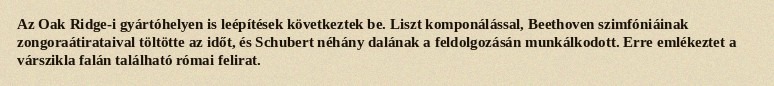
Az Oak Ridge-i gyártóhelyen is leépítések következtek be. Liszt komponálással, Beethoven szimfóniáinak zongoraátirataival töltötte az időt, és Schubert néhány dalának a feldolgozásán munkálkodott. Erre emlékeztet a várszikla falán található római felirat.